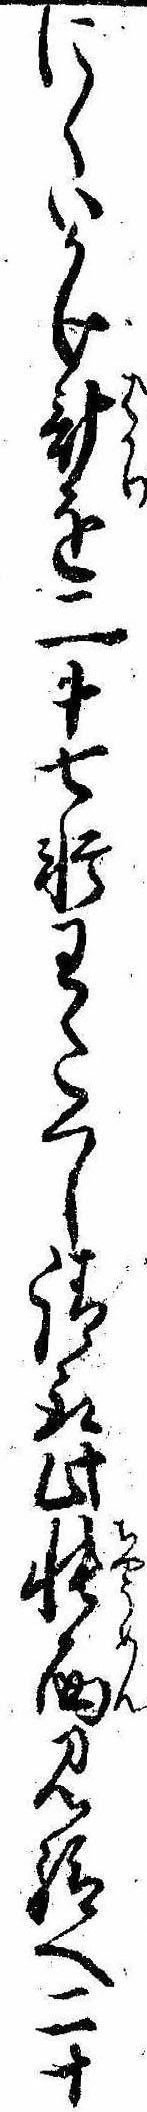
にくいかけ計を二十七軒わたくし請取此帳面見給へ二十